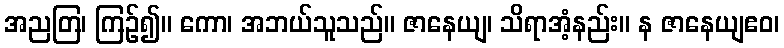
အညတြ၊ ကြဉ်၍။ ကော၊ အဘယ်သူသည်။ ဇာနေယျ၊ သိရာအံ့နည်း။ န ဇာနေယျဧဝ၊